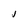
Character: J